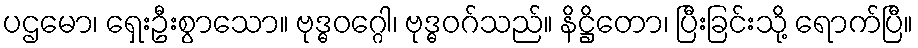
ပဌမော၊ ရှေးဦးစွာသော။ ဗုဒ္ဓဝဂ္ဂေါ၊ ဗုဒ္ဓဝဂ်သည်။ နိဋ္ဌိတော၊ ပြီးခြင်းသို့ ရောက်ပြီ။